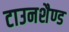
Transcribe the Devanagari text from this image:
टाउनशैण्ड